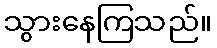
သွားနေကြသည်။